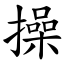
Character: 操